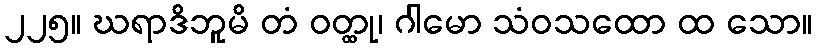
၂၂၅။ ဃရာဒိဘူမိ တံ ဝတ္ထု၊ ဂါမော သံဝသထော ထ သော။